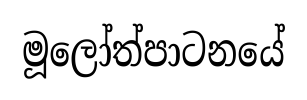
මූලෝත්පාටනයේ